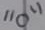
Text: "0"